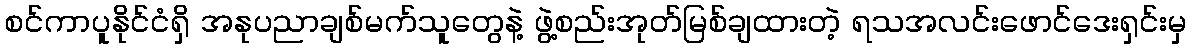
စင်ကာပူနိုင်ငံရှိ အနုပညာချစ်မက်သူတွေနဲ့ ဖွဲ့စည်းအုတ်မြစ်ချထားတဲ့ ရသအလင်းဖောင်ဒေးရှင်းမှ